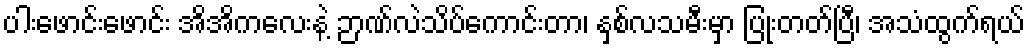
ပါးဖောင်းဖောင်း အိအိကလေးနဲ့ ဉာဏ်လဲသိပ်ကောင်းတာ၊ နှစ်လသမီးမှာ ပြုံးတတ်ပြီ၊ အသံထွက်ရယ်